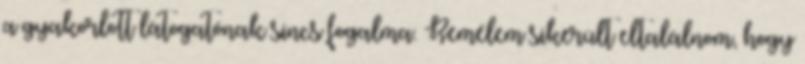
a gyakorlott látogatónak sincs fogalma. Remélem sikerült eltalálnom, hogy